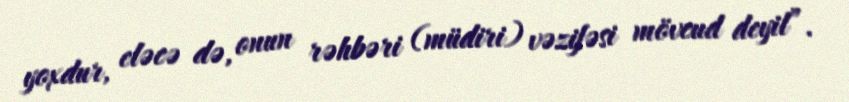
yoxdur, eləcə də, onun rəhbəri (müdiri) vəzifəsi mövcud deyil”.